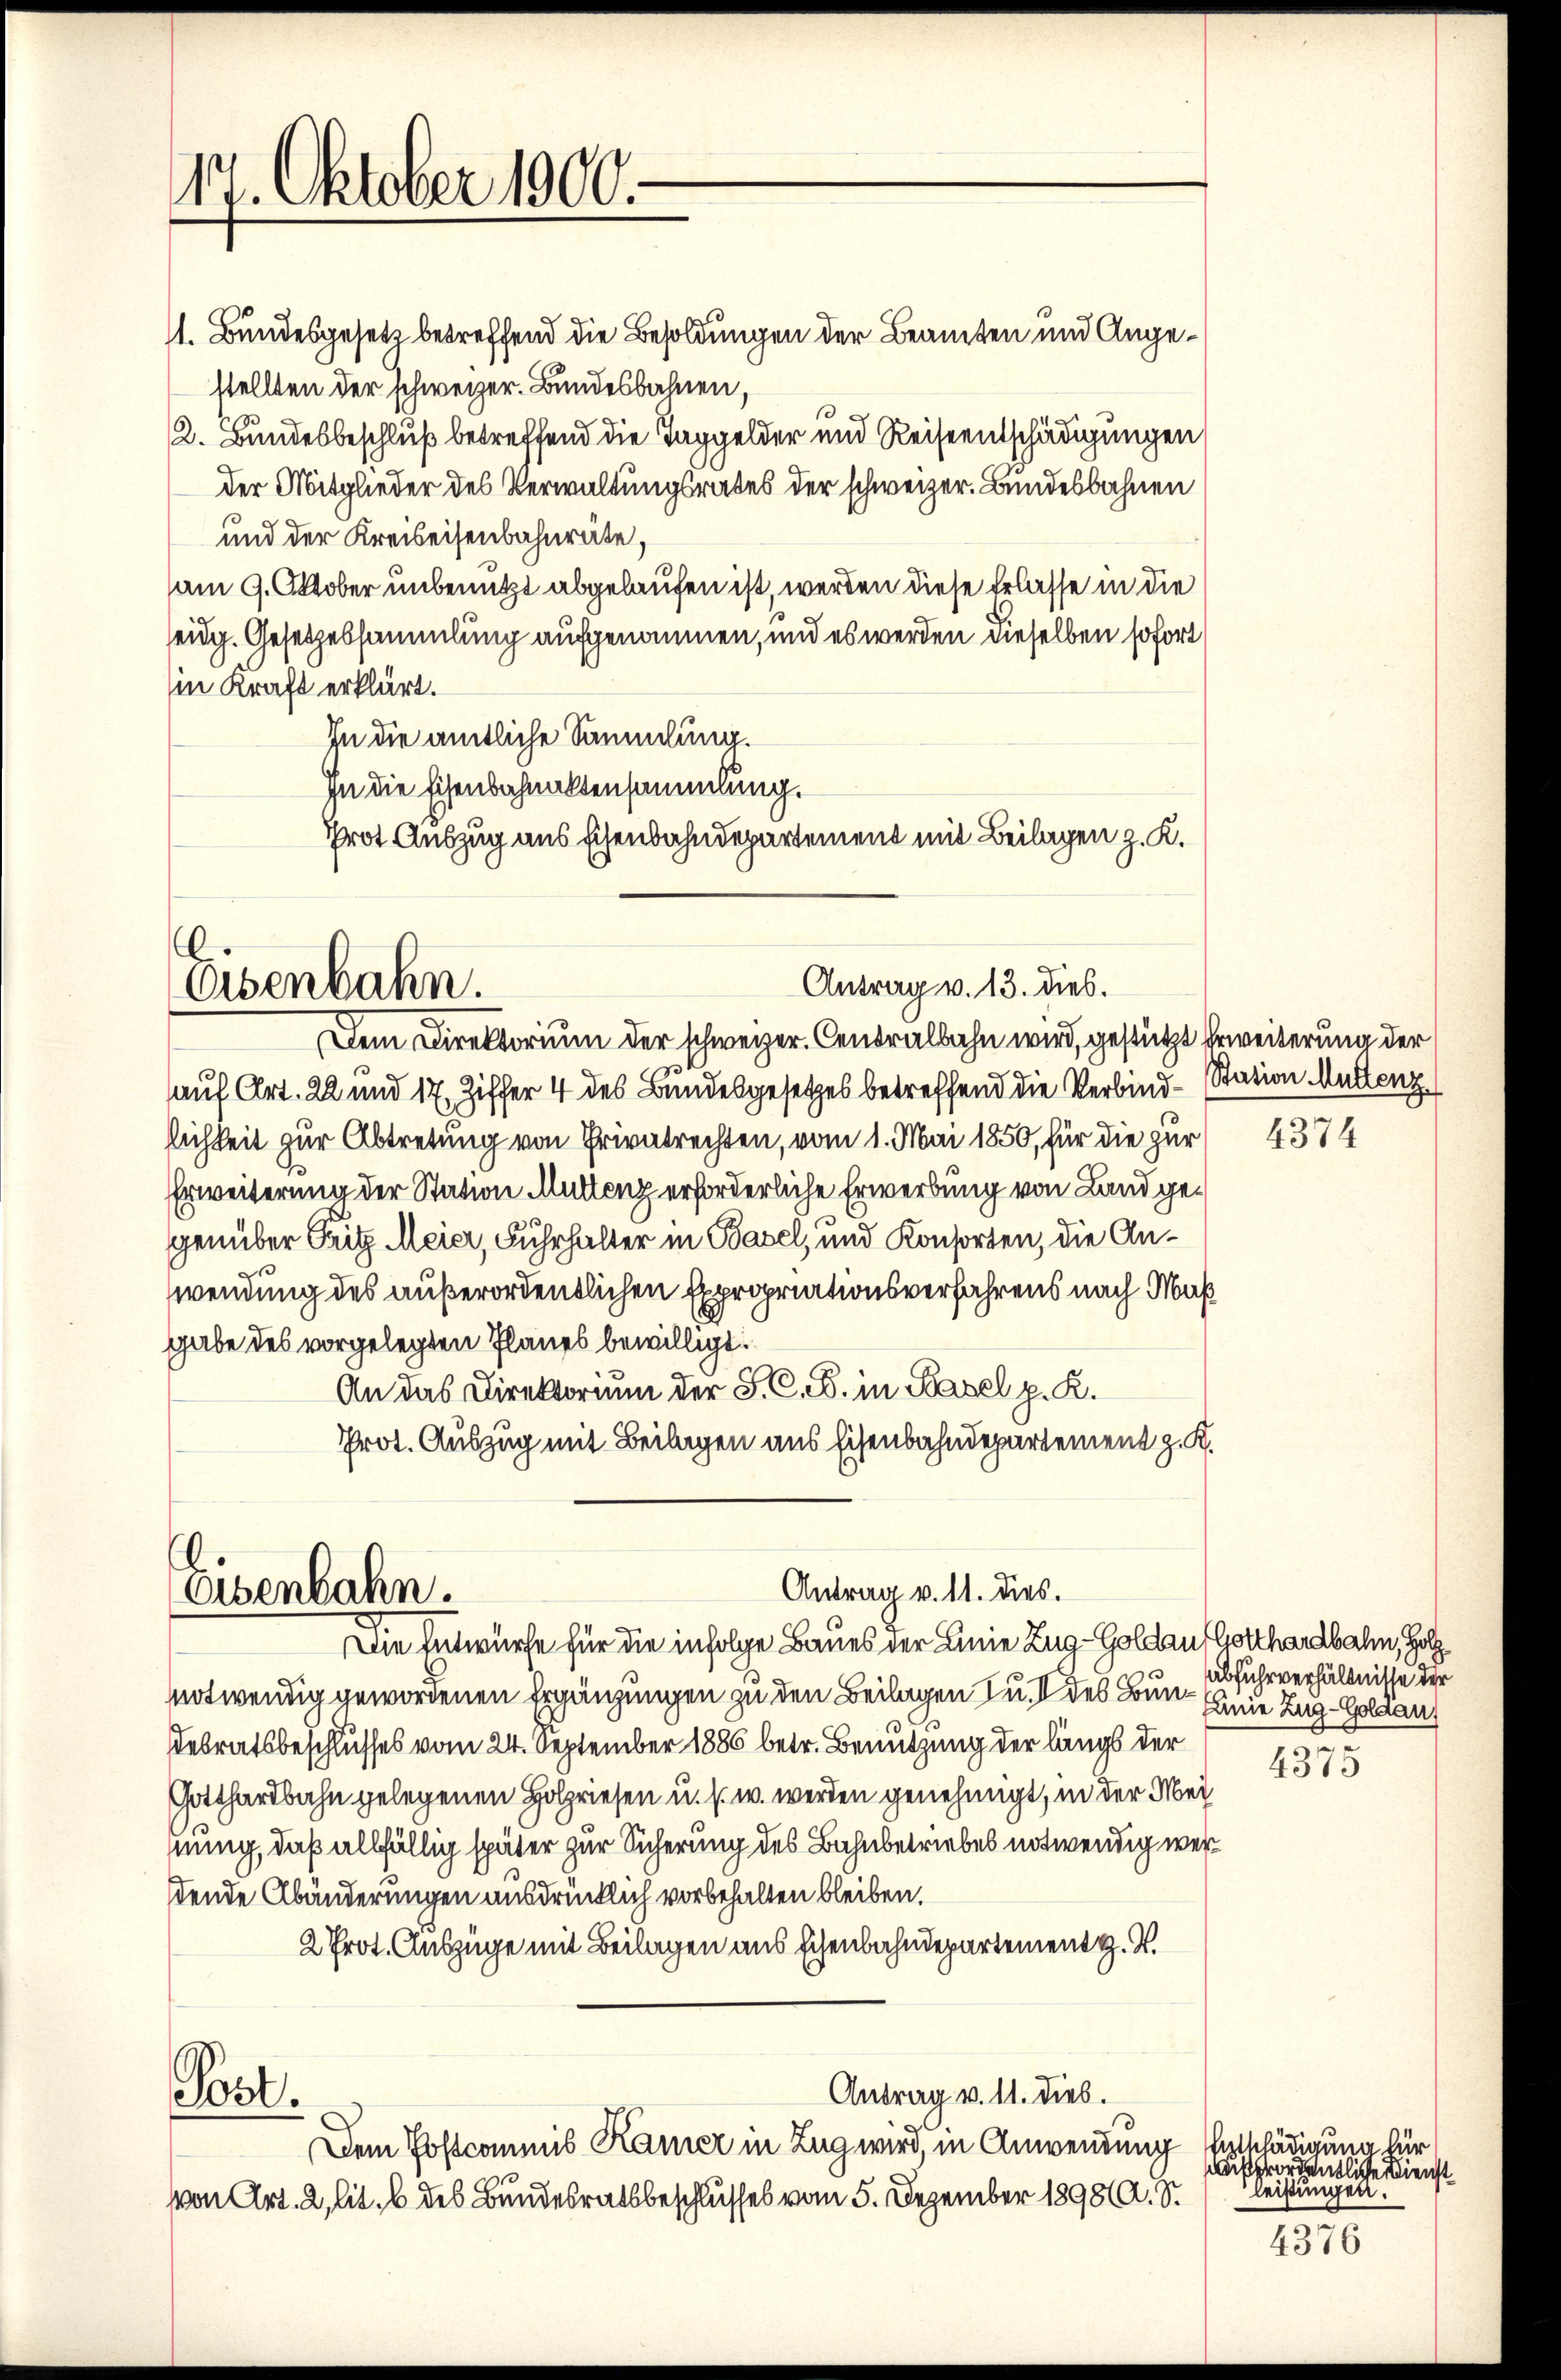
14. Oktober 1900.

1. Bundesgesetz betreffend die Besoldungen der Beamten und Angestellten der schweizer. Bundesbahnen,
2. Bundesbeschluß betreffend die Taggelder und Reiseentschädigungen
der Mitglieder des Verwaltungsrates der schweizer. Bundesbahnen
und der Kreiseisenbahnräte,
am 9. Oktober unbenutzt abgelaufen ist, werden diese Erlasse in die
eidg. Gesetzessammlung aufgenommen, und es werden dieselben sofort
in Kraft erklärt.
In die amtliche Sammlung.
in die Eisenbahnaktensammlung.
Prot. Auszug aus Eisenbahndepartement mit Beilagen z. K.

Eisenbahn.

Dem Direktorium der schweizer. Centralbahn wird, gestützt Erweiterung der
auf Art. 22 und 17, Ziffer 4 des Bundesgesetzes betreffend die Verbind-Station Muttenz
lichkeit zur Abtretung von Privatrechten, vom 1. Mai 1850, für die zur
Erweiterung der Station Muttenz erforderliche Erwerbung von Land gegenüber Fritz Meier, Fuhrhalter in Basel, und Konsorten, die Anwendung des außerordentlichen Expropriationsverfahrens nach Maß
gabe des vorgelegten Planes bewilligt.
An das Direktorium der S. C. B. in Basel p. K.
Prot. Auszug mit Beilagen aus Eisenbahndepartement z. K.

Eisenbahn.

Antrag v. 13. dies.

Antrag v. 11. dies

Die Entwurfe für die infolge Baues der Linie Zug-Goldau Gotthardbahn, Holz
notwendig gewordenen Ergänzungen zu den Beilagen zu. V des Bun- Ende Zug-Goldau,
Debratsbeschlusses vom 24. September 1886 betr. Benutzung der längs der
Gotthardbahn gelegenen Holzriesen u. s. w. werden genehmigt, in der Meinung, daß allfällig später zur Sicherung des Bahnbetriebes notwendig werdende Abänderungen ausdrücklich vorbehalten bleiben.
2 Prot. Auszüge mit Beilagen aus Eisenbahndepartement H. V.
Antrag v. 11. dies.
Post.
Dem Postcommis Kamer in Zug wird, in Anwendung Entschädigung für
von Art. 2, lit. b des Bundesratsbeschlusses vom 5. Dezember 1898. S.

4374

abfuhrverhältnisse der
e

4315

fordentliche Dienst
leistungen.

4376